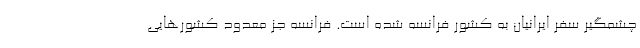
چشمگیر سفرِ ایرانیان به کشور فرانسه شده است. فرانسه جز معدود کشورهایی